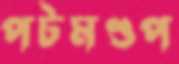
পটমণ্ডপ